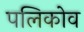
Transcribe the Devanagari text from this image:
पलिकोव